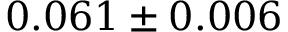
0 . 0 6 1 \pm 0 . 0 0 6